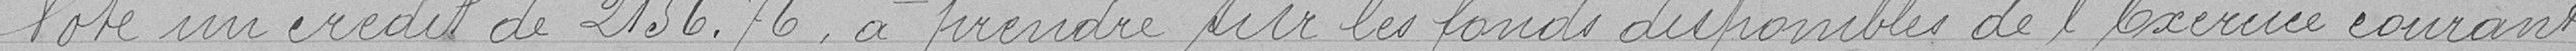
Vote un crédit de 2156.76, a prendre sur les fonds disponibles de l'Exercice courant.